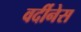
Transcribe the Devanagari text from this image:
वर्दीनेस